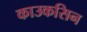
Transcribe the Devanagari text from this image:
काउकसिन